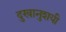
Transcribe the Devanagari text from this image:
दुखानुशयी